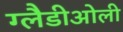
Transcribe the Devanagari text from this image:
ग्‍लैडीओली